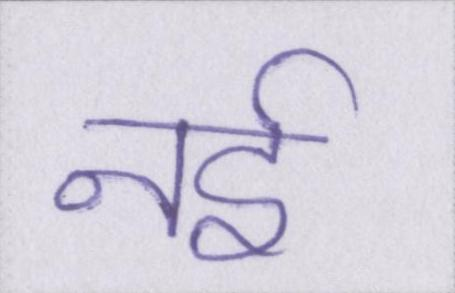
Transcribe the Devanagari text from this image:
नर्इ